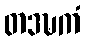
တဒဍ္ဎကံ